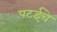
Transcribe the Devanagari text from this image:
पटईचे